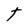
Character: t